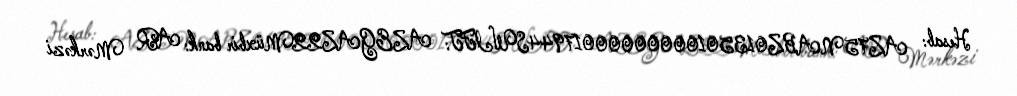
Hesab: AZ75NABZ01350100000000017944SWIFT: AZEGAZ22Müxbir bank: AR Mərkəzi